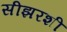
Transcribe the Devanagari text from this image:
सीझरशी